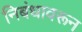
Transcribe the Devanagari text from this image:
निबंधावरून